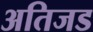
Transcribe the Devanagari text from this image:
अतिजड